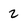
Character: 2